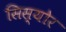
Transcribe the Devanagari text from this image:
सिस्योर